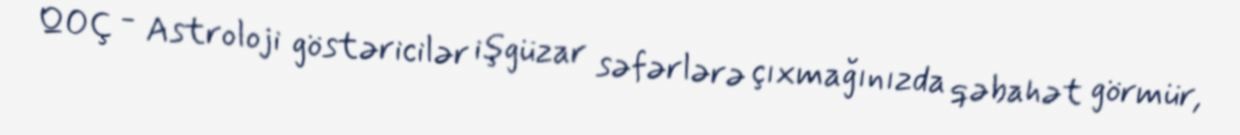
QOÇ - Astroloji göstəricilər işgüzar səfərlərə çıxmağınızda qəbahət görmür,